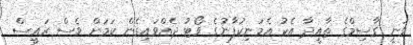
ވަނީ ގާސިމްގެ ތާއީދާ އެކު އެމަނިކުފާނުގެ ވޯޓު ދެއްވައިގެން ކަމަށް ވެސް ރައީސް